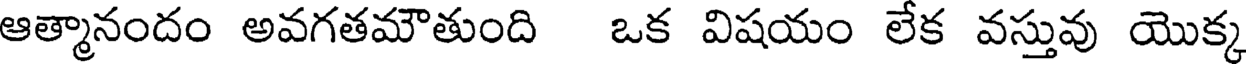
ఆత్మానందం అవగతమౌతుంది ఒక విషయం లేక వస్తువు యొక్క